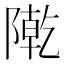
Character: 𨼃